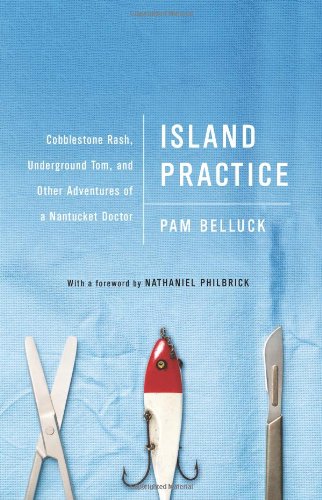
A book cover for Island Practice: Cobblestone Rash, Underground Tom, and Other Adventures of a Nantucket Doctor; Pam Belluck; Humor & Entertainment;